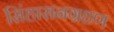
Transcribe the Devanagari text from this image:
सिंहासनग्रहण